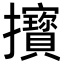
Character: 𢺔